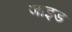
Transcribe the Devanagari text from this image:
जाइड